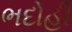
ભદોહી